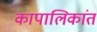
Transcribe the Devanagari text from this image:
कापालिकांत